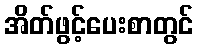
အိတ်ဖွင့်ပေးစာတွင်